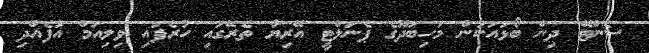
ސެންޓޭ ދިން ބޯޅައަކުން މަހިބަދޫގެ ޕެނަލްޓީ އޭރިޔާ ތެރޭގައި ހުރެފައި ވިލިއަމް އުފެއްދި